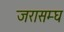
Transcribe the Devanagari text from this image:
जरासम्घ